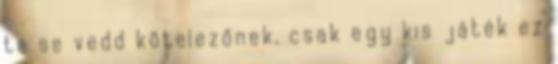
te se vedd kötelezőnek, csak egy kis játék ez